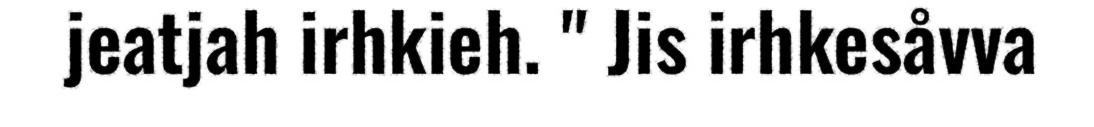
jeatjah irhkieh. " Jis irhkesåvva